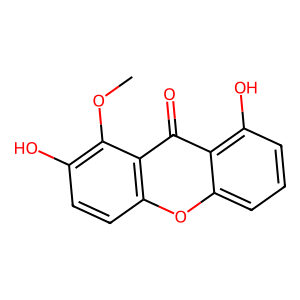
SMILES: COc1c(O)ccc2oc3cccc(O)c3c(=O)c12
Inhibits HIV replication: No